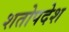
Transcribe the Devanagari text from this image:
शतोपदेश